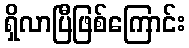
ရှိလာပြီဖြစ်ကြောင်း